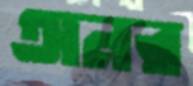
অনর